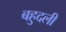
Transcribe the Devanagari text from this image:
बहुदली